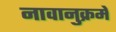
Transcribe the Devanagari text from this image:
नावानुक्रमे